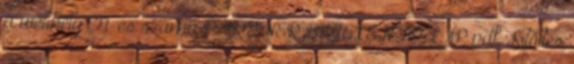
a webhely T1-es számú PARTNER BEJELENTŐ LAP pdf Kitöltés